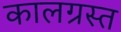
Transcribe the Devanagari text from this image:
कालग्रस्त